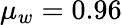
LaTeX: \mu_{w}=0.96